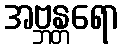
အဗ္ဘန္တရော